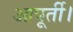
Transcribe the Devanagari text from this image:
आपूर्ती।